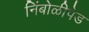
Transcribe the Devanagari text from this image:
निंबोळीपेड